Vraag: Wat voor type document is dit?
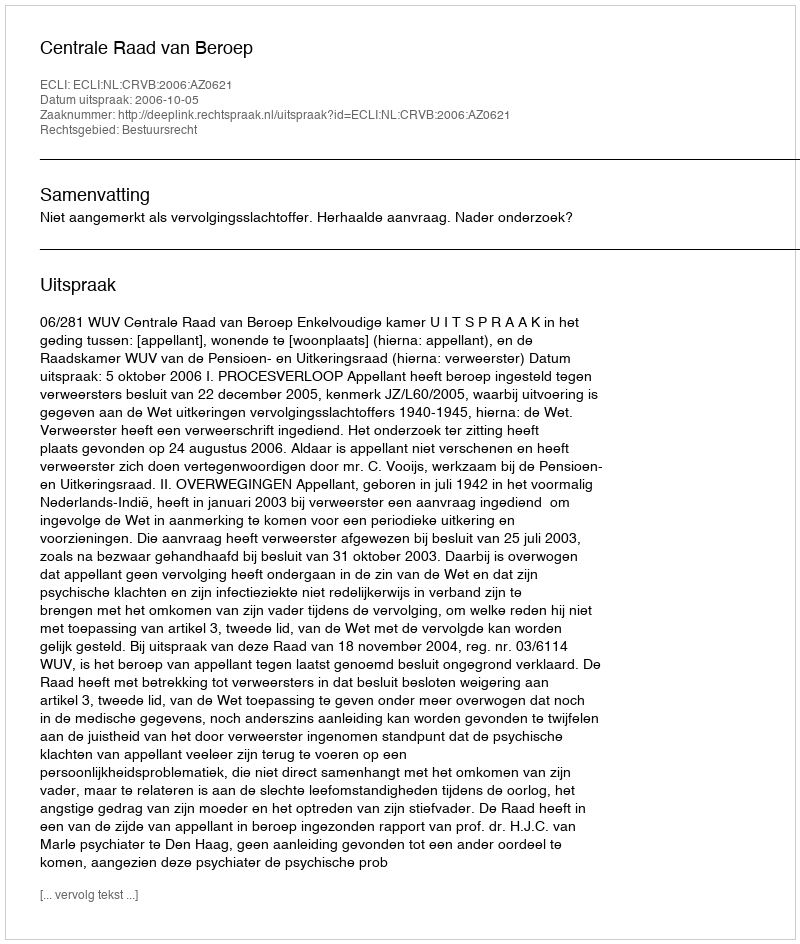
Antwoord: Uitspraak